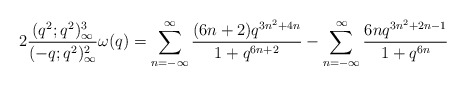
\begin{align*}2\frac{(q^2;q^2)_\infty^3}{(-q;q^2)_\infty^2}\omega(q)= \sum_{n=-\infty}^\infty \frac{(6n+2)q^{3n^2+4n}}{1+q^{6n+2}}-\sum_{n=-\infty}^\infty \frac{6nq^{3n^2+2n-1}}{1+q^{6n}} \end{align*}